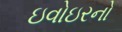
ઇવોઇરનો